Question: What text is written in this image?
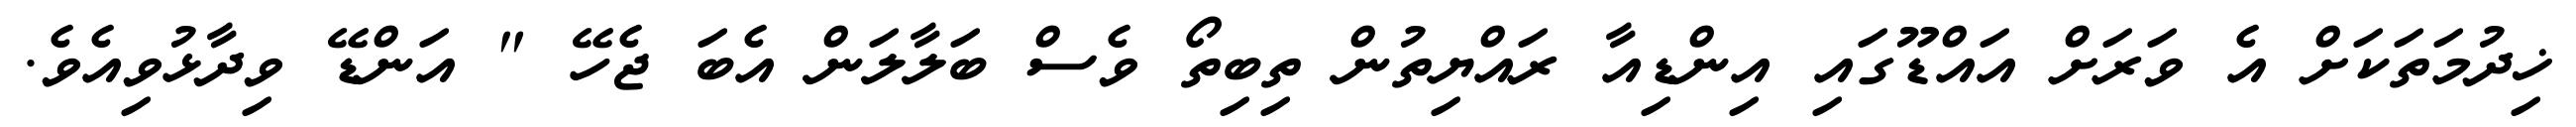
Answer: ޚިދުމަތަކަށް އެ ވަރަށް އައްޑޫގައި އިންޑިއާ ރައްޔިތުން ތިބިތޯ ވެސް ބަލާލަން އެބަ ޖެހޭ " އަންޑޭ ވިދާޅުވިއެވެ.